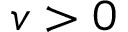
v > 0